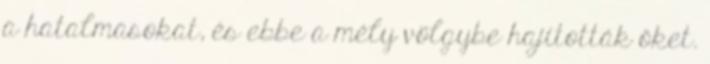
a hatalmasokat, és ebbe a mély völgybe hajították őket.